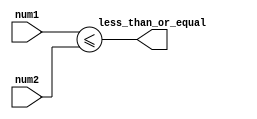
module less_than_or_equal_to(
    input wire [7:0] num1,
    input wire [7:0] num2,
    output wire less_than_or_equal
);

assign less_than_or_equal = (num1 <= num2);

endmodule